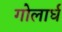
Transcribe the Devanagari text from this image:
गोलार्घ